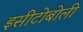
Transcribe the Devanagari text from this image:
इसीटोबोली